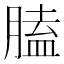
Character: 䐦